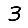
Digit: 3